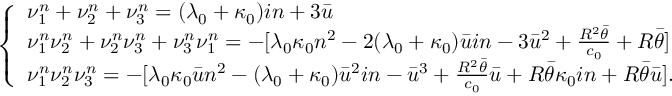
\left\{ \begin{array} { l l } { \nu _ { 1 } ^ { n } + \nu _ { 2 } ^ { n } + \nu _ { 3 } ^ { n } = ( \lambda _ { 0 } + \kappa _ { 0 } ) i n + 3 \bar { u } } \\ { \nu _ { 1 } ^ { n } \nu _ { 2 } ^ { n } + \nu _ { 2 } ^ { n } \nu _ { 3 } ^ { n } + \nu _ { 3 } ^ { n } \nu _ { 1 } ^ { n } = - [ \lambda _ { 0 } \kappa _ { 0 } n ^ { 2 } - 2 ( \lambda _ { 0 } + \kappa _ { 0 } ) \bar { u } i n - 3 \bar { u } ^ { 2 } + \frac { R ^ { 2 } \bar { \theta } } { c _ { 0 } } + R \bar { \theta } ] } \\ { \nu _ { 1 } ^ { n } \nu _ { 2 } ^ { n } \nu _ { 3 } ^ { n } = - [ \lambda _ { 0 } \kappa _ { 0 } \bar { u } n ^ { 2 } - ( \lambda _ { 0 } + \kappa _ { 0 } ) \bar { u } ^ { 2 } i n - \bar { u } ^ { 3 } + \frac { R ^ { 2 } \bar { \theta } } { c _ { 0 } } \bar { u } + R \bar { \theta } \kappa _ { 0 } i n + R \bar { \theta } \bar { u } ] . } \end{array} \right.